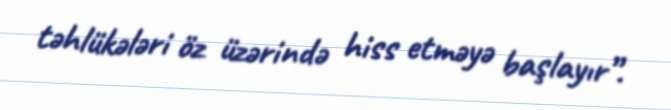
təhlükələri öz üzərində hiss etməyə başlayır”.